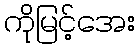
ကိုမြင့်အေး